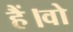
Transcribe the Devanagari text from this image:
हैं।वो